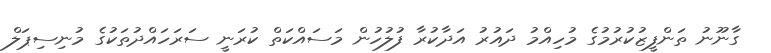
ގާނޫނު ތަންފީޒުކުރުމުގެ މުހިއްމު ދައުރު އަދާކުރާ ފުލުހުން މަސައްކަތް ކުރަނީ ސަރަހައްދުތަކުގެ މުނިސިޕަލް